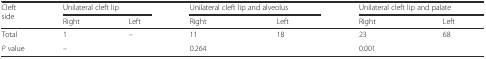
| <ROWSPAN=2> Cleft side | <COLSPAN=2> Unilateral cleft lip | <COLSPAN=2> Unilateral cleft lip and alveolus | <COLSPAN=2> Unilateral cleft lip and palate |
 | Right | Left | Right | Left | Right | Left |
 | --- | --- | --- | --- | --- | --- | --- |
 | Total | 1 | – | 11 | 18 | 23 | 68 |
 | P value | <COLSPAN=2> – | <COLSPAN=2> 0.264 | <COLSPAN=2> 0.001 |